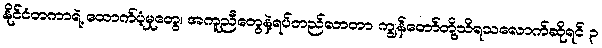
နိုင်ငံတကာရဲ့ ထောက်ပံ့မှုတွေ၊ အကူညီတွေနဲ့ရပ်တည်လာတာ ကျွန်တော်တို့သိရသလောက်ဆိုရင် ၃